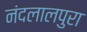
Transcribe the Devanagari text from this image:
नंदलालपुरा